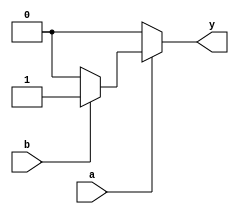
`timescale 1ns / 1ps

module and1(a,b,y);
input a,b;
output reg y;
always @ (a or b) begin
   if (a == 1'b1) begin
   		if(b == 1'b1)
       		y = 1'b1;
       	else
       		y = 1'b0;
   end
   else 
       y = 1'b0; 
end
endmodule

module bitand(a,b,y);
	input [63:0] a,b;
	output [63:0] y;

	and1 t0(.a(a[0]),.b(b[0]),.y(y[0]));
	and1 t1(.a(a[1]),.b(b[1]),.y(y[1]));
	and1 t2(.a(a[2]),.b(b[2]),.y(y[2]));
	and1 t3(.a(a[3]),.b(b[3]),.y(y[3]));
	and1 t4(.a(a[4]),.b(b[4]),.y(y[4]));
	and1 t5(.a(a[5]),.b(b[5]),.y(y[5]));
	and1 t6(.a(a[6]),.b(b[6]),.y(y[6]));
	and1 t7(.a(a[7]),.b(b[7]),.y(y[7]));
	and1 t8(.a(a[8]),.b(b[8]),.y(y[8]));
	and1 t9(.a(a[9]),.b(b[9]),.y(y[9]));
	and1 t10(.a(a[10]),.b(b[10]),.y(y[10]));
	and1 t11(.a(a[11]),.b(b[11]),.y(y[11]));
	and1 t12(.a(a[12]),.b(b[12]),.y(y[12]));
	and1 t13(.a(a[13]),.b(b[13]),.y(y[13]));
	and1 t14(.a(a[14]),.b(b[14]),.y(y[14]));
	and1 t15(.a(a[15]),.b(b[15]),.y(y[15]));
	and1 t16(.a(a[16]),.b(b[16]),.y(y[16]));
	and1 t17(.a(a[17]),.b(b[17]),.y(y[17]));
	and1 t18(.a(a[18]),.b(b[18]),.y(y[18]));
	and1 t19(.a(a[19]),.b(b[19]),.y(y[19]));
	and1 t20(.a(a[20]),.b(b[20]),.y(y[20]));
	and1 t21(.a(a[21]),.b(b[21]),.y(y[21]));
	and1 t22(.a(a[22]),.b(b[22]),.y(y[22]));
	and1 t23(.a(a[23]),.b(b[23]),.y(y[23]));
	and1 t24(.a(a[24]),.b(b[24]),.y(y[24]));
	and1 t25(.a(a[25]),.b(b[25]),.y(y[25]));
	and1 t26(.a(a[26]),.b(b[26]),.y(y[26]));
	and1 t27(.a(a[27]),.b(b[27]),.y(y[27]));
	and1 t28(.a(a[28]),.b(b[28]),.y(y[28]));
	and1 t29(.a(a[29]),.b(b[29]),.y(y[29]));
	and1 t30(.a(a[30]),.b(b[30]),.y(y[30]));
	and1 t31(.a(a[31]),.b(b[31]),.y(y[31]));
    and1 t32(.a(a[32]),.b(b[32]),.y(y[32]));
    and1 t33(.a(a[33]),.b(b[33]),.y(y[33]));
    and1 t34(.a(a[34]),.b(b[34]),.y(y[34]));
    and1 t35(.a(a[35]),.b(b[35]),.y(y[35]));
    and1 t36(.a(a[36]),.b(b[36]),.y(y[36]));
    and1 t37(.a(a[37]),.b(b[37]),.y(y[37]));
    and1 t38(.a(a[38]),.b(b[38]),.y(y[38]));
    and1 t39(.a(a[39]),.b(b[39]),.y(y[39]));
    and1 t40(.a(a[40]),.b(b[40]),.y(y[40]));
    and1 t41(.a(a[41]),.b(b[41]),.y(y[41]));
    and1 t42(.a(a[42]),.b(b[42]),.y(y[42]));
    and1 t43(.a(a[43]),.b(b[43]),.y(y[43]));
    and1 t44(.a(a[44]),.b(b[44]),.y(y[44]));
    and1 t45(.a(a[45]),.b(b[45]),.y(y[45]));
    and1 t46(.a(a[46]),.b(b[46]),.y(y[46]));
    and1 t47(.a(a[47]),.b(b[47]),.y(y[47]));
    and1 t48(.a(a[48]),.b(b[48]),.y(y[48]));
    and1 t49(.a(a[49]),.b(b[49]),.y(y[49]));
    and1 t50(.a(a[50]),.b(b[50]),.y(y[50]));
    and1 t51(.a(a[51]),.b(b[51]),.y(y[51]));
    and1 t52(.a(a[52]),.b(b[52]),.y(y[52]));
    and1 t53(.a(a[53]),.b(b[53]),.y(y[53]));
    and1 t54(.a(a[54]),.b(b[54]),.y(y[54]));
    and1 t55(.a(a[55]),.b(b[55]),.y(y[55]));
    and1 t56(.a(a[56]),.b(b[56]),.y(y[56]));
    and1 t57(.a(a[57]),.b(b[57]),.y(y[57]));
    and1 t58(.a(a[58]),.b(b[58]),.y(y[58]));
    and1 t59(.a(a[59]),.b(b[59]),.y(y[59]));
    and1 t60(.a(a[60]),.b(b[60]),.y(y[60]));
    and1 t61(.a(a[61]),.b(b[61]),.y(y[61]));
    and1 t62(.a(a[62]),.b(b[62]),.y(y[62]));
    and1 t63(.a(a[63]),.b(b[63]),.y(y[63]));
    
endmodule

module xor1(a,b,y);
input a,b;
output reg y;
always @ (a or b) begin
   if (a == 1'b1) begin
   		if(b == 1'b1)
       		y = 1'b0;
       	else
       		y = 1'b1;
   end
   else begin
   		if(b == 1'b1)
       		y = 1'b1;
       	else
       		y = 1'b0;
   end 
end


endmodule

module bitxor(a,b,y);
	input [63:0] a,b;
	output [63:0] y;

	xor1 t0(.a(a[0]),.b(b[0]),.y(y[0]));
	xor1 t1(.a(a[1]),.b(b[1]),.y(y[1]));
	xor1 t2(.a(a[2]),.b(b[2]),.y(y[2]));
	xor1 t3(.a(a[3]),.b(b[3]),.y(y[3]));
	xor1 t4(.a(a[4]),.b(b[4]),.y(y[4]));
	xor1 t5(.a(a[5]),.b(b[5]),.y(y[5]));
	xor1 t6(.a(a[6]),.b(b[6]),.y(y[6]));
	xor1 t7(.a(a[7]),.b(b[7]),.y(y[7]));
	xor1 t8(.a(a[8]),.b(b[8]),.y(y[8]));
	xor1 t9(.a(a[9]),.b(b[9]),.y(y[9]));
	xor1 t10(.a(a[10]),.b(b[10]),.y(y[10]));
	xor1 t11(.a(a[11]),.b(b[11]),.y(y[11]));
	xor1 t12(.a(a[12]),.b(b[12]),.y(y[12]));
	xor1 t13(.a(a[13]),.b(b[13]),.y(y[13]));
	xor1 t14(.a(a[14]),.b(b[14]),.y(y[14]));
	xor1 t15(.a(a[15]),.b(b[15]),.y(y[15]));
	xor1 t16(.a(a[16]),.b(b[16]),.y(y[16]));
	xor1 t17(.a(a[17]),.b(b[17]),.y(y[17]));
	xor1 t18(.a(a[18]),.b(b[18]),.y(y[18]));
	xor1 t19(.a(a[19]),.b(b[19]),.y(y[19]));
	xor1 t20(.a(a[20]),.b(b[20]),.y(y[20]));
	xor1 t21(.a(a[21]),.b(b[21]),.y(y[21]));
	xor1 t22(.a(a[22]),.b(b[22]),.y(y[22]));
	xor1 t23(.a(a[23]),.b(b[23]),.y(y[23]));
	xor1 t24(.a(a[24]),.b(b[24]),.y(y[24]));
	xor1 t25(.a(a[25]),.b(b[25]),.y(y[25]));
	xor1 t26(.a(a[26]),.b(b[26]),.y(y[26]));
	xor1 t27(.a(a[27]),.b(b[27]),.y(y[27]));
	xor1 t28(.a(a[28]),.b(b[28]),.y(y[28]));
	xor1 t29(.a(a[29]),.b(b[29]),.y(y[29]));
	xor1 t30(.a(a[30]),.b(b[30]),.y(y[30]));
	xor1 t31(.a(a[31]),.b(b[31]),.y(y[31]));
    xor1 t32(.a(a[32]),.b(b[32]),.y(y[32]));
    xor1 t33(.a(a[33]),.b(b[33]),.y(y[33]));
    xor1 t34(.a(a[34]),.b(b[34]),.y(y[34]));
    xor1 t35(.a(a[35]),.b(b[35]),.y(y[35]));
    xor1 t36(.a(a[36]),.b(b[36]),.y(y[36]));
    xor1 t37(.a(a[37]),.b(b[37]),.y(y[37]));
    xor1 t38(.a(a[38]),.b(b[38]),.y(y[38]));
    xor1 t39(.a(a[39]),.b(b[39]),.y(y[39]));
    xor1 t40(.a(a[40]),.b(b[40]),.y(y[40]));
    xor1 t41(.a(a[41]),.b(b[41]),.y(y[41]));
    xor1 t42(.a(a[42]),.b(b[42]),.y(y[42]));
    xor1 t43(.a(a[43]),.b(b[43]),.y(y[43]));
    xor1 t44(.a(a[44]),.b(b[44]),.y(y[44]));
    xor1 t45(.a(a[45]),.b(b[45]),.y(y[45]));
    xor1 t46(.a(a[46]),.b(b[46]),.y(y[46]));
    xor1 t47(.a(a[47]),.b(b[47]),.y(y[47]));
    xor1 t48(.a(a[48]),.b(b[48]),.y(y[48]));
    xor1 t49(.a(a[49]),.b(b[49]),.y(y[49]));
    xor1 t50(.a(a[50]),.b(b[50]),.y(y[50]));
    xor1 t51(.a(a[51]),.b(b[51]),.y(y[51]));
    xor1 t52(.a(a[52]),.b(b[52]),.y(y[52]));
    xor1 t53(.a(a[53]),.b(b[53]),.y(y[53]));
    xor1 t54(.a(a[54]),.b(b[54]),.y(y[54]));
    xor1 t55(.a(a[55]),.b(b[55]),.y(y[55]));
    xor1 t56(.a(a[56]),.b(b[56]),.y(y[56]));
    xor1 t57(.a(a[57]),.b(b[57]),.y(y[57]));
    xor1 t58(.a(a[58]),.b(b[58]),.y(y[58]));
    xor1 t59(.a(a[59]),.b(b[59]),.y(y[59]));
    xor1 t60(.a(a[60]),.b(b[60]),.y(y[60]));
    xor1 t61(.a(a[61]),.b(b[61]),.y(y[61]));
    xor1 t62(.a(a[62]),.b(b[62]),.y(y[62]));
    xor1 t63(.a(a[63]),.b(b[63]),.y(y[63]));


endmodule

module adder(a,b,c,y,s);
input a,b,c;
output reg y,s;
always @ (a or b or c) begin
   if (a == 1'b1) begin
   		if(b == 1'b1) begin
   			if(c == 1'b1)begin
   				y=1'b1;
   				s=1'b1;
   			end
   			else begin
   				y=1'b0;
   				s=1'b1;
   			end	
   		end
   		else begin
   			if(c == 1'b1)begin
   				y=1'b0;
   				s=1'b1;
   			end
   			else begin
   				y=1'b1;
   				s=1'b0;
   			end	
   		end
       		
    end
   else begin
   		if(b == 1'b1) begin
   			if(c == 1'b1)begin
   				y=1'b0;
   				s=1'b1;
   			end
   			else begin
   				y=1'b1;
   				s=1'b0;
   			end	
   		end
   		else begin
   			if(c == 1'b1)begin
   				y=1'b1;
   				s=1'b0;
   			end
   			else begin
   				y=1'b0;
   				s=1'b0;
   			end	
   		end
       		
    end 
        
end
endmodule

module compliment(a,y);
input a;
output reg y;

always @ (a) begin
   if(a==1'b1)
      y = 1'b0;
   else
      y= 1'b1;   
end

endmodule

module bitcompliment(a,y);
	input signed [63:0] a;
	output signed [63:0] y;
	wire [63:0] y1;
	wire s0,s1,s2,s3,s4,s5,s6,s7,s8,s9,s10,s11,s12,s13,s14,s15,
    s16,s17,s18,s19,s20,s21,s22,s23,s24,s25,s26,s27,s28,s29,s30,s31,
    s32,s33,s34,s35,s36,s37,s38,s39,s40,s41,s42,s43,s44,s45,s46,s47,
    s48,s49,s50,s51,s52,s53,s54,s55,s56,s57,s58,s59,s60,s61,s62,s63,s64;	
	assign y1[63] = a[63];
	
	compliment t0(.a(a[0]),.y(y1[0]));
	compliment t1(.a(a[1]),.y(y1[1]));
	compliment t2(.a(a[2]),.y(y1[2]));
	compliment t3(.a(a[3]),.y(y1[3]));
	compliment t4(.a(a[4]),.y(y1[4]));
	compliment t5(.a(a[5]),.y(y1[5]));
	compliment t6(.a(a[6]),.y(y1[6]));
	compliment t7(.a(a[7]),.y(y1[7]));
	compliment t8(.a(a[8]),.y(y1[8]));
	compliment t9(.a(a[9]),.y(y1[9]));
	compliment t10(.a(a[10]),.y(y1[10]));
	compliment t11(.a(a[11]),.y(y1[11]));
	compliment t12(.a(a[12]),.y(y1[12]));
	compliment t13(.a(a[13]),.y(y1[13]));
	compliment t14(.a(a[14]),.y(y1[14]));
	compliment t15(.a(a[15]),.y(y1[15]));
	compliment t16(.a(a[16]),.y(y1[16]));
	compliment t17(.a(a[17]),.y(y1[17]));
	compliment t18(.a(a[18]),.y(y1[18]));
	compliment t19(.a(a[19]),.y(y1[19]));
	compliment t20(.a(a[20]),.y(y1[20]));
	compliment t21(.a(a[21]),.y(y1[21]));
	compliment t22(.a(a[22]),.y(y1[22]));
	compliment t23(.a(a[23]),.y(y1[23]));
	compliment t24(.a(a[24]),.y(y1[24]));
	compliment t25(.a(a[25]),.y(y1[25]));
	compliment t26(.a(a[26]),.y(y1[26]));
	compliment t27(.a(a[27]),.y(y1[27]));
	compliment t28(.a(a[28]),.y(y1[28]));
	compliment t29(.a(a[29]),.y(y1[29]));
	compliment t30(.a(a[30]),.y(y1[30]));
    compliment t31(.a(a[31]),.y(y1[31]));
    compliment t32(.a(a[32]),.y(y1[32]));
	compliment t33(.a(a[33]),.y(y1[33]));
	compliment t34(.a(a[34]),.y(y1[34]));
	compliment t35(.a(a[35]),.y(y1[35]));
	compliment t36(.a(a[36]),.y(y1[36]));
	compliment t37(.a(a[37]),.y(y1[37]));
	compliment t38(.a(a[38]),.y(y1[38]));
	compliment t39(.a(a[39]),.y(y1[39]));
	compliment t40(.a(a[40]),.y(y1[40]));
	compliment t41(.a(a[41]),.y(y1[41]));
	compliment t42(.a(a[42]),.y(y1[42]));
	compliment t43(.a(a[43]),.y(y1[43]));
	compliment t44(.a(a[44]),.y(y1[44]));
	compliment t45(.a(a[45]),.y(y1[45]));
	compliment t46(.a(a[46]),.y(y1[46]));
	compliment t47(.a(a[47]),.y(y1[47]));
	compliment t48(.a(a[48]),.y(y1[48]));
	compliment t49(.a(a[49]),.y(y1[49]));
	compliment t50(.a(a[50]),.y(y1[50]));
	compliment t51(.a(a[51]),.y(y1[51]));
	compliment t52(.a(a[52]),.y(y1[52]));
	compliment t53(.a(a[53]),.y(y1[53]));
	compliment t54(.a(a[54]),.y(y1[54]));
	compliment t55(.a(a[55]),.y(y1[55]));
	compliment t56(.a(a[56]),.y(y1[56]));
	compliment t57(.a(a[57]),.y(y1[57]));
	compliment t58(.a(a[58]),.y(y1[58]));
	compliment t59(.a(a[59]),.y(y1[59]));
	compliment t60(.a(a[60]),.y(y1[60]));
    compliment t61(.a(a[61]),.y(y1[61]));
    compliment t62(.a(a[62]),.y(y1[62]));
    compliment t63(.a(a[63]),.y(y1[63]));

	adder f0(y1[0],1'b1,s0,y[0],s1);
	adder f1(y1[1],1'b0,s1,y[1],s2);
	adder f2(y1[2],1'b0,s2,y[2],s3);
	adder f3(y1[3],1'b0,s3,y[3],s4);
	adder f4(y1[4],1'b0,s4,y[4],s5);
	adder f5(y1[5],1'b0,s5,y[5],s6);
	adder f6(y1[6],1'b0,s6,y[6],s7);
	adder f7(y1[7],1'b0,s7,y[7],s8);
	adder f8(y1[8],1'b0,s8,y[8],s9);
	adder f9(y1[9],1'b0,s9,y[9],s10);
	adder f10(y1[10],1'b0,s10,y[10],s11);
	adder f11(y1[11],1'b0,s11,y[11],s12);
	adder f12(y1[12],1'b0,s12,y[12],s13);
	adder f13(y1[13],1'b0,s13,y[13],s14);
	adder f14(y1[14],1'b0,s14,y[14],s15);
	adder f15(y1[15],1'b0,s15,y[15],s16);
	adder f16(y1[16],1'b0,s16,y[16],s17);
	adder f17(y1[17],1'b0,s17,y[17],s18);
	adder f18(y1[18],1'b0,s18,y[18],s19);
	adder f19(y1[19],1'b0,s19,y[19],s20);
	adder f20(y1[20],1'b0,s20,y[20],s21);
	adder f21(y1[21],1'b0,s21,y[21],s22);
	adder f22(y1[22],1'b0,s22,y[22],s23);
	adder f23(y1[23],1'b0,s23,y[23],s24);
	adder f24(y1[24],1'b0,s24,y[24],s25);
	adder f25(y1[25],1'b0,s25,y[25],s26);
	adder f26(y1[26],1'b0,s26,y[26],s27);
	adder f27(y1[27],1'b0,s27,y[27],s28);
	adder f28(y1[28],1'b0,s28,y[28],s29);
	adder f29(y1[29],1'b0,s29,y[29],s30);
	adder f30(y1[30],1'b0,s30,y[30],s31);
	adder f31(y1[31],1'b0,s31,y[31],s32);
    adder f32(y1[32],1'b0,s32,y[32],s33);
	adder f33(y1[33],1'b0,s33,y[33],s34);
	adder f34(y1[34],1'b0,s34,y[34],s35);
	adder f35(y1[35],1'b0,s35,y[35],s36);
	adder f36(y1[36],1'b0,s36,y[36],s37);
	adder f37(y1[37],1'b0,s37,y[37],s38);
	adder f38(y1[38],1'b0,s38,y[38],s39);
	adder f39(y1[39],1'b0,s39,y[39],s40);
	adder f40(y1[40],1'b0,s40,y[40],s41);
	adder f41(y1[41],1'b0,s41,y[41],s42);
	adder f42(y1[42],1'b0,s42,y[42],s43);
	adder f43(y1[43],1'b0,s43,y[43],s44);
	adder f44(y1[44],1'b0,s44,y[44],s45);
	adder f45(y1[45],1'b0,s45,y[45],s46);
	adder f46(y1[46],1'b0,s46,y[46],s47);
	adder f47(y1[47],1'b0,s47,y[47],s48);
	adder f48(y1[48],1'b0,s48,y[48],s49);
	adder f49(y1[49],1'b0,s49,y[49],s50);
	adder f50(y1[50],1'b0,s50,y[50],s51);
	adder f51(y1[51],1'b0,s51,y[51],s52);
	adder f52(y1[52],1'b0,s52,y[52],s53);
	adder f53(y1[53],1'b0,s53,y[53],s54);
	adder f54(y1[54],1'b0,s54,y[54],s55);
	adder f55(y1[55],1'b0,s55,y[55],s56);
	adder f56(y1[56],1'b0,s56,y[56],s57);
	adder f57(y1[57],1'b0,s57,y[57],s58);
	adder f58(y1[58],1'b0,s58,y[58],s59);
	adder f59(y1[59],1'b0,s59,y[59],s60);
	adder f60(y1[60],1'b0,s60,y[60],s61);
	adder f61(y1[61],1'b0,s61,y[61],s62);
    adder f62(y1[62],1'b0,s62,y[62],s63);
	adder f63(y1[63],1'b0,s63,y[63],s64);
    
endmodule

module bitsub(a,b,y);
	input signed [63:0] a,b;
	output signed [63:0] y;	
	wire [63:0] bc;
	wire s0,s1,s2,s3,s4,s5,s6,s7,s8,s9,s10,s11,s12,s13,s14,s15,
    s16,s17,s18,s19,s20,s21,s22,s23,s24,s25,s26,s27,s28,s29,s30,s31,
    s32,s33,s34,s35,s36,s37,s38,s39,s40,s41,s42,s43,s44,s45,s46,s47,
    s48,s49,s50,s51,s52,s53,s54,s55,s56,s57,s58,s59,s60,s61,s62,s63,s64;
			bitcompliment bc1(b,bc);
			adder f0(a[0],bc[0],s0,y[0],s1);
			adder f1(a[1],bc[1],s1,y[1],s2);
			adder f2(a[2],bc[2],s2,y[2],s3);
			adder f3(a[3],bc[3],s3,y[3],s4);
			adder f4(a[4],bc[4],s4,y[4],s5);
			adder f5(a[5],bc[5],s5,y[5],s6);
			adder f6(a[6],bc[6],s6,y[6],s7);
			adder f7(a[7],bc[7],s7,y[7],s8);
			adder f8(a[8],bc[8],s8,y[8],s9);
			adder f9(a[9],bc[9],s9,y[9],s10);
			adder f10(a[10],bc[10],s10,y[10],s11);
			adder f11(a[11],bc[11],s11,y[11],s12);
			adder f12(a[12],bc[12],s12,y[12],s13);
			adder f13(a[13],bc[13],s13,y[13],s14);
			adder f14(a[14],bc[14],s14,y[14],s15);
			adder f15(a[15],bc[15],s15,y[15],s16);
			adder f16(a[16],bc[16],s16,y[16],s17);
			adder f17(a[17],bc[17],s17,y[17],s18);
			adder f18(a[18],bc[18],s18,y[18],s19);
			adder f19(a[19],bc[19],s19,y[19],s20);
			adder f20(a[20],bc[20],s20,y[20],s21);
			adder f21(a[21],bc[21],s21,y[21],s22);
			adder f22(a[22],bc[22],s22,y[22],s23);
			adder f23(a[23],bc[23],s23,y[23],s24);
			adder f24(a[24],bc[24],s24,y[24],s25);
			adder f25(a[25],bc[25],s25,y[25],s26);
			adder f26(a[26],bc[26],s26,y[26],s27);
			adder f27(a[27],bc[27],s27,y[27],s28);
			adder f28(a[28],bc[28],s28,y[28],s29);
			adder f29(a[29],bc[29],s29,y[29],s30);
			adder f30(a[30],bc[30],s30,y[30],s31);
			adder f31(a[31],bc[31],s31,y[31],s32);
			adder f32(a[32],bc[32],s32,y[32],s33);
			adder f33(a[33],bc[33],s33,y[33],s34);
			adder f34(a[34],bc[34],s34,y[34],s35);
			adder f35(a[35],bc[35],s35,y[35],s36);
			adder f36(a[36],bc[36],s36,y[36],s37);
			adder f37(a[37],bc[37],s37,y[37],s38);
			adder f38(a[38],bc[38],s38,y[38],s39);
			adder f39(a[39],bc[39],s39,y[39],s40);
			adder f40(a[40],bc[40],s40,y[40],s41);
			adder f41(a[41],bc[41],s41,y[41],s42);
			adder f42(a[42],bc[42],s42,y[42],s43);
			adder f43(a[43],bc[43],s43,y[43],s44);
			adder f44(a[44],bc[44],s44,y[44],s45);
			adder f45(a[45],bc[45],s45,y[45],s46);
			adder f46(a[46],bc[46],s46,y[46],s47);
			adder f47(a[47],bc[47],s47,y[47],s48);
			adder f48(a[48],bc[48],s48,y[48],s49);
			adder f49(a[49],bc[49],s49,y[49],s50);
			adder f50(a[50],bc[50],s50,y[50],s51);
			adder f51(a[51],bc[51],s51,y[51],s52);
			adder f52(a[52],bc[52],s52,y[52],s53);
			adder f53(a[53],bc[53],s53,y[53],s54);
			adder f54(a[54],bc[54],s54,y[54],s55);
			adder f55(a[55],bc[55],s55,y[55],s56);
			adder f56(a[56],bc[56],s56,y[56],s57);
			adder f57(a[57],bc[57],s57,y[57],s58);
			adder f58(a[58],bc[58],s58,y[58],s59);
			adder f59(a[59],bc[59],s59,y[59],s60);
			adder f60(a[60],bc[60],s60,y[60],s61);
			adder f61(a[61],bc[61],s61,y[61],s62);
    		adder f62(a[62],bc[62],s62,y[62],s63);
			adder f63(a[63],bc[63],s63,y[63],s64);
		
endmodule

module bitadder(a,b,y);
	input [63:0] a,b;
	output [63:0] y; 
	wire s0,s1,s2,s3,s4,s5,s6,s7,s8,s9,s10,s11,s12,s13,s14,s15,s16,s17,s18,s19,s20,s21,s22,s23,s24,s25,s26,s27,s28,s29,s30,s31,s32,s33,s34,s35,s36,s37,s38,s39,s40,s41,s42,s43,s44,s45,s46,s47,s48,s49,s50,s51,s52,s53,s54,s55,s56,s57,s58,s59,s60,s61,s62,s63,s64;
	
		
			adder f0(a[0],b[0],s0,y[0],s1);
			adder f1(a[1],b[1],s1,y[1],s2);
			adder f2(a[2],b[2],s2,y[2],s3);
			adder f3(a[3],b[3],s3,y[3],s4);
			adder f4(a[4],b[4],s4,y[4],s5);
			adder f5(a[5],b[5],s5,y[5],s6);
			adder f6(a[6],b[6],s6,y[6],s7);
			adder f7(a[7],b[7],s7,y[7],s8);
			adder f8(a[8],b[8],s8,y[8],s9);
			adder f9(a[9],b[9],s9,y[9],s10);
			adder f10(a[10],b[10],s10,y[10],s11);
			adder f11(a[11],b[11],s11,y[11],s12);
			adder f12(a[12],b[12],s12,y[12],s13);
			adder f13(a[13],b[13],s13,y[13],s14);
			adder f14(a[14],b[14],s14,y[14],s15);
			adder f15(a[15],b[15],s15,y[15],s16);
			adder f16(a[16],b[16],s16,y[16],s17);
			adder f17(a[17],b[17],s17,y[17],s18);
			adder f18(a[18],b[18],s18,y[18],s19);
			adder f19(a[19],b[19],s19,y[19],s20);
			adder f20(a[20],b[20],s20,y[20],s21);
			adder f21(a[21],b[21],s21,y[21],s22);
			adder f22(a[22],b[22],s22,y[22],s23);
			adder f23(a[23],b[23],s23,y[23],s24);
			adder f24(a[24],b[24],s24,y[24],s25);
			adder f25(a[25],b[25],s25,y[25],s26);
			adder f26(a[26],b[26],s26,y[26],s27);
			adder f27(a[27],b[27],s27,y[27],s28);
			adder f28(a[28],b[28],s28,y[28],s29);
			adder f29(a[29],b[29],s29,y[29],s30);
			adder f30(a[30],b[30],s30,y[30],s31);
			adder f31(a[31],b[31],s31,y[31],s32);
            adder f32(a[32],b[32],s32,y[32],s33);
            adder f33(a[33],b[33],s33,y[33],s34);
			adder f34(a[34],b[34],s34,y[34],s35);
            adder f35(a[35],b[35],s35,y[35],s36);
            adder f36(a[36],b[36],s36,y[36],s37);
            adder f37(a[37],b[37],s37,y[37],s38);
            adder f38(a[38],b[38],s38,y[38],s39);
            adder f39(a[39],b[39],s39,y[39],s40);
            adder f40(a[40],b[40],s40,y[40],s41);
            adder f41(a[41],b[41],s41,y[41],s42);
            adder f42(a[42],b[42],s42,y[42],s43);
            adder f43(a[43],b[43],s43,y[43],s44);
            adder f44(a[44],b[44],s44,y[44],s45);
            adder f45(a[45],b[45],s45,y[45],s46);
            adder f46(a[46],b[46],s46,y[46],s47);
            adder f47(a[47],b[47],s47,y[47],s48);
            adder f48(a[48],b[48],s48,y[48],s49);
            adder f49(a[49],b[49],s49,y[49],s50);
            adder f50(a[50],b[50],s50,y[50],s51);
            adder f51(a[51],b[51],s51,y[51],s52);
            adder f52(a[52],b[52],s52,y[52],s53);
            adder f53(a[53],b[53],s53,y[53],s54);
            adder f54(a[54],b[54],s54,y[54],s55);
            adder f55(a[55],b[55],s55,y[55],s56);
            adder f56(a[56],b[56],s56,y[56],s57);
            adder f57(a[57],b[57],s57,y[57],s58);
            adder f58(a[58],b[58],s58,y[58],s59);
            adder f59(a[59],b[59],s59,y[59],s60);
            adder f60(a[60],b[60],s60,y[60],s61);
            adder f61(a[61],b[61],s61,y[61],s62);
            adder f62(a[62],b[62],s62,y[62],s63);
            adder f63(a[63],b[63],s63,y[63],s64);

endmodule

module ALU(Control,a,b,y);
	input [63:0] a,b;
    input [1:0] Control;
    output reg [63:0] y;
	wire [63:0] y1,y2,y3,y4;
	reg [63:0] r1,r2,r3,r4;
	bitadder c1(a,b,y1);
	bitsub c2(a,b,y2);
	bitand c3 (a,b,y3);
	bitxor c4(a,b,y4);

	always @(*)
	 begin
		case(Control)
			2'b00: begin	
					y[0] = y1[0];	
					y[1] = y1[1];
					y[2] = y1[2];
					y[3] = y1[3];
					y[4] = y1[4];
					y[5] = y1[5];
					y[6] = y1[6];
					y[7] = y1[7];
					y[8] = y1[8];
					y[9] = y1[9];
					y[10] = y1[10];
					y[11] = y1[11];
					y[12] = y1[12];
					y[13] = y1[13];
					y[14] = y1[14];
					y[15] = y1[15];
					y[16] = y1[16];
					y[17] = y1[17];
					y[18] = y1[18];
					y[19] = y1[19];
					y[20] = y1[20];
					y[21] = y1[21];
					y[22] = y1[22];
					y[23] = y1[23];
					y[24] = y1[24];
					y[25] = y1[25];
					y[26] = y1[26];
					y[27] = y1[27];
					y[28] = y1[28];
					y[29] = y1[29];
					y[30] = y1[30];
					y[31] = y1[31];
					y[32] = y1[32];
					y[33] = y1[33];
					y[34] = y1[34];
					y[35] = y1[35];
					y[36] = y1[36];
					y[37] = y1[37];
					y[38] = y1[38];
					y[39] = y1[39];
					y[40] = y1[40];
					y[41] = y1[41];
					y[42] = y1[42];
					y[43] = y1[43];
					y[44] = y1[44];
					y[45] = y1[45];
					y[46] = y1[46];
					y[47] = y1[47];
					y[48] = y1[48];
					y[49] = y1[49];
					y[50] = y1[50];
					y[51] = y1[51];
					y[52] = y1[52];
					y[53] = y1[53];
					y[54] = y1[54];
					y[55] = y1[55];
					y[56] = y1[56];
					y[57] = y1[57];
					y[58] = y1[58];
					y[59] = y1[59];
					y[60] = y1[60];
					y[61] = y1[61];
                    y[62] = y1[62];
					y[63] = y1[63];
                end
			2'b01:	begin
					y[0] = y2[0];	
					y[1] = y2[1];
					y[2] = y2[2];
					y[3] = y2[3];
					y[4] = y2[4];
					y[5] = y2[5];
					y[6] = y2[6];
					y[7] = y2[7];
					y[8] = y2[8];
					y[9] = y2[9];
					y[10] = y2[10];
					y[11] = y2[11];
					y[12] = y2[12];
					y[13] = y2[13];
					y[14] = y2[14];
					y[15] = y2[15];
					y[16] = y2[16];
					y[17] = y2[17];
					y[18] = y2[18];
					y[19] = y2[19];
					y[20] = y2[20];
					y[21] = y2[21];
					y[22] = y2[22];
					y[23] = y2[23];
					y[24] = y2[24];
					y[25] = y2[25];
					y[26] = y2[26];
					y[27] = y2[27];
					y[28] = y2[28];
					y[29] = y2[29];
					y[30] = y2[30];
					y[31] = y2[31];
                    y[32] = y2[32];
					y[33] = y2[33];
					y[34] = y2[34];
					y[35] = y2[35];
					y[36] = y2[36];
					y[37] = y2[37];
					y[38] = y2[38];
					y[39] = y2[39];
					y[40] = y2[40];
					y[41] = y2[41];
					y[42] = y2[42];
					y[43] = y2[43];
					y[44] = y2[44];
					y[45] = y2[45];
					y[46] = y2[46];
					y[47] = y2[47];
					y[48] = y2[48];
					y[49] = y2[49];
					y[50] = y2[50];
					y[51] = y2[51];
					y[52] = y2[52];
					y[53] = y2[53];
					y[54] = y2[54];
					y[55] = y2[55];
					y[56] = y2[56];
					y[57] = y2[57];
					y[58] = y2[58];
					y[59] = y2[59];
					y[60] = y2[60];
					y[61] = y2[61];
                    y[62] = y2[62];
					y[63] = y2[63];
				end
			2'b10:  begin
					y[0] = y3[0];	
					y[1] = y3[1];
					y[2] = y3[2];
					y[3] = y3[3];
					y[4] = y3[4];
					y[5] = y3[5];
					y[6] = y3[6];
					y[7] = y3[7];
					y[8] = y3[8];
					y[9] = y3[9];
					y[10] = y3[10];
					y[11] = y3[11];
					y[12] = y3[12];
					y[13] = y3[13];
					y[14] = y3[14];
					y[15] = y3[15];
					y[16] = y3[16];
					y[17] = y3[17];
					y[18] = y3[18];
					y[19] = y3[19];
					y[20] = y3[20];
					y[21] = y3[21];
					y[22] = y3[22];
					y[23] = y3[23];
					y[24] = y3[24];
					y[25] = y3[25];
					y[26] = y3[26];
					y[27] = y3[27];
					y[28] = y3[28];
					y[29] = y3[29];
					y[30] = y3[30];
					y[31] = y3[31];
                    y[32] = y3[32];
					y[33] = y3[33];
					y[34] = y3[34];
					y[35] = y3[35];
					y[36] = y3[36];
					y[37] = y3[37];
					y[38] = y3[38];
					y[39] = y3[39];
					y[40] = y3[40];
					y[41] = y3[41];
					y[42] = y3[42];
					y[43] = y3[43];
					y[44] = y3[44];
					y[45] = y3[45];
					y[46] = y3[46];
					y[47] = y3[47];
					y[48] = y3[48];
					y[49] = y3[49];
					y[50] = y3[50];
					y[51] = y3[51];
					y[52] = y3[52];
					y[53] = y3[53];
					y[54] = y3[54];
					y[55] = y3[55];
					y[56] = y3[56];
					y[57] = y3[57];
					y[58] = y3[58];
					y[59] = y3[59];
					y[60] = y3[60];
					y[61] = y3[61];
                    y[62] = y3[62];
					y[63] = y3[63];
				end
			2'b11:  begin
					y[0] = y4[0];	
					y[1] = y4[1];
					y[2] = y4[2];
					y[3] = y4[3];
					y[4] = y4[4];
					y[5] = y4[5];
					y[6] = y4[6];
					y[7] = y4[7];
					y[8] = y4[8];
					y[9] = y4[9];
					y[10] = y4[10];
					y[11] = y4[11];
					y[12] = y4[12];
					y[13] = y4[13];
					y[14] = y4[14];
					y[15] = y4[15];
					y[16] = y4[16];
					y[17] = y4[17];
					y[18] = y4[18];
					y[19] = y4[19];
					y[20] = y4[20];
					y[21] = y4[21];
					y[22] = y4[22];
					y[23] = y4[23];
					y[24] = y4[24];
					y[25] = y4[25];
					y[26] = y4[26];
					y[27] = y4[27];
					y[28] = y4[28];
					y[29] = y4[29];
					y[30] = y4[30];
					y[31] = y4[31];
                    y[32] = y4[32];
					y[33] = y4[33];
					y[34] = y4[34];
					y[35] = y4[35];
					y[36] = y4[36];
					y[37] = y4[37];
					y[38] = y4[38];
					y[39] = y4[39];
					y[40] = y4[40];
					y[41] = y4[41];
					y[42] = y4[42];
					y[43] = y4[43];
					y[44] = y4[44];
					y[45] = y4[45];
					y[46] = y4[46];
					y[47] = y4[47];
					y[48] = y4[48];
					y[49] = y4[49];
					y[50] = y4[50];
					y[51] = y4[51];
					y[52] = y4[52];
					y[53] = y4[53];
					y[54] = y4[54];
					y[55] = y4[55];
					y[56] = y4[56];
					y[57] = y4[57];
					y[58] = y4[58];
					y[59] = y4[59];
					y[60] = y4[60];
					y[61] = y4[61];
                    y[62] = y4[62];
					y[63] = y4[63];
				end

		endcase
					
	 end
	  
endmodule